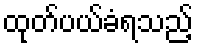
ထုတ်ပယ်ခံရသည့်